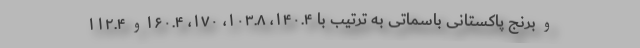
و برنج پاکستانی باسماتی به ترتیب با ۱۴۰.۴، ۱۰۳.۸، ۱۷۰، ۱۶۰.۴و ۱۱۲.۴